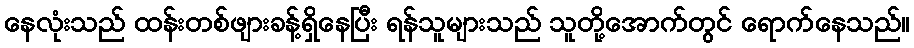
နေလုံးသည် ထန်းတစ်ဖျားခန့်ရှိနေပြီး ရန်သူများသည် သူတို့အောက်တွင် ရောက်နေသည်။